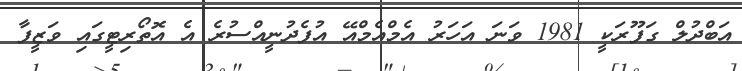
އަބްދުލް ގަފޫރަކީ 1981 ވަނަ އަހަރު އެމްއެމްއޭ އުފެދުނީއްސުރެ އެ އޮތޯރިޓީގައި ވަޒީފާ